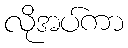
လိုအပ်ကာ